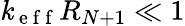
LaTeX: \mathit{k}_{\mathrm{{~e~f~f~}}}R_{N+1}\ll1